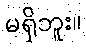
မရှိဘူး။